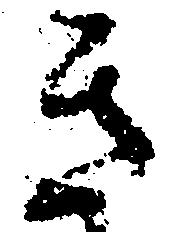
き